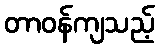
တာဝန်ကျသည့်